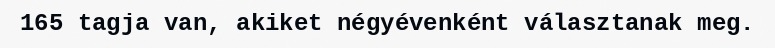
165 tagja van, akiket négyévenként választanak meg.